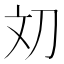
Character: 𰄢